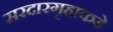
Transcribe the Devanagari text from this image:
सरदारगृहाकडे